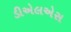
ડીએલએસ